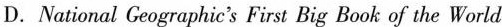
D. Narional Geographie's First Big Book of the World